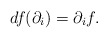
\begin{align*}df (\partial_i) = \partial_i f. \end{align*}